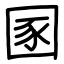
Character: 圂